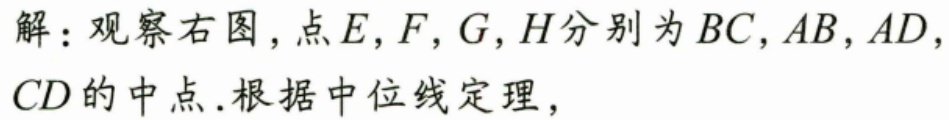
解：观察右图，点\(E,F,G,H\)分别为\(BC,AB,AD,CD\)的中点.根据中位线定理，